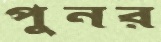
পুনর